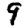
Digit: 9